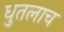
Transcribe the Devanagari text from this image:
धुतलाच